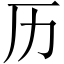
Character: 历